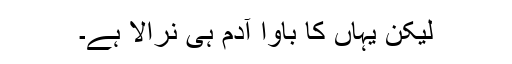
لیکن یہاں کا باوا آدم ہی نرالا ہے۔